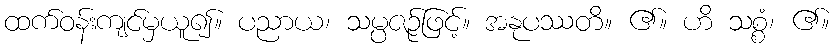
ထက်ဝန်းကျင်မှယူ၍။ ပညာယ၊ သမ္ပဇဉ်ဖြင့်။ အနုပဿတိ။ ၏။ ဟိ သစ္စံ၊ ၏။